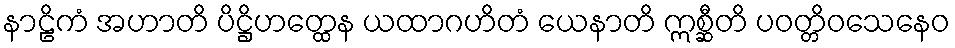
နာဠိကံ အဟာတိ ပိဋ္ဌိဟတ္ထေန ယထာဂဟိတံ ယေနာတိ ဣစ္ဆီတိ ပဝတ္တိဝသေနေဝ